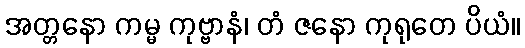
အတ္တနော ကမ္မ ကုဗ္ဗာနံ၊ တံ ဇနော ကုရုတေ ပိယံ။